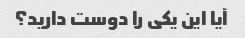
آیا این یکی را دوست دارید؟